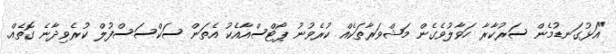
"އަޅުގަނޑުމެން ސަރުކާރާ ހަވާލުވެގެން މަޝްވަރާތަކެއް ކުރެވުނު ޕޯޓްސްއާއެކު އެތަން ސަކްސަސްފުލް ކުރެވިދާނެ ގޮތެއް.